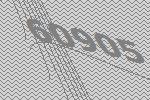
60905